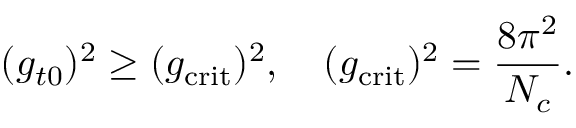
( g _ { t 0 } ) ^ { 2 } \geq ( g _ { \mathrm { c r i t } } ) ^ { 2 } , \quad ( g _ { \mathrm { c r i t } } ) ^ { 2 } = \frac { 8 \pi ^ { 2 } } { N _ { c } } .